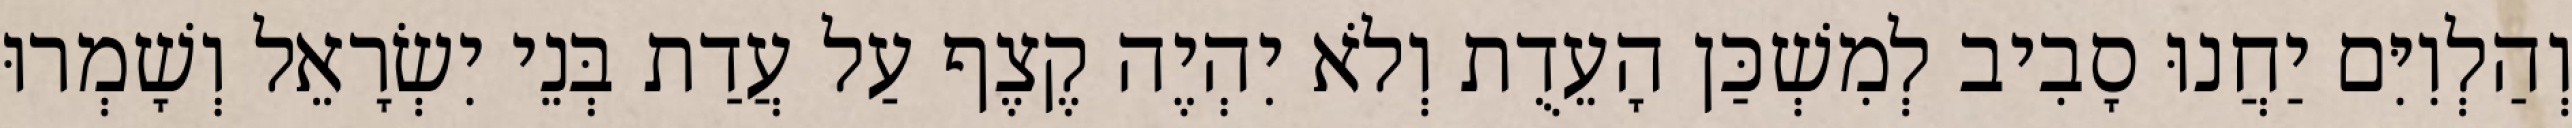
וְהַלְוִיִּם יַחֲנוּ סָבִיב לְמִשְׁכַּן הָעֵדֻת וְלֹא יִהְיֶה קֶצֶף עַל עֲדַת בְּנֵי יִשְׂרָאֵל וְשָׁמְרוּ